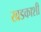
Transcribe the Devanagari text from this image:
खडकाशी